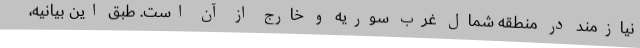
نیازمند در منطقه شمال غرب سوریه و خارج از آن است. طبق این بیانیه،